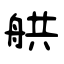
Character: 舼